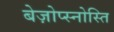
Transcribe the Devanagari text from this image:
बेज़ोप्स्नोस्ति